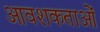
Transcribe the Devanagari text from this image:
आवशकताओं